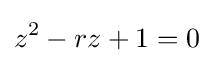
z^{2}-rz+1=0